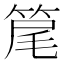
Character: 䇻